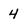
Character: 4